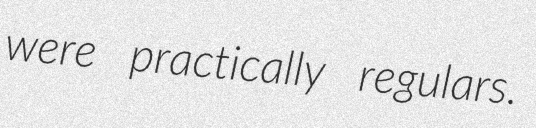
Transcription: were practically regulars.